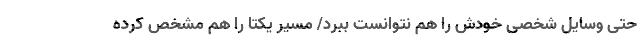
حتی وسایل شخصی خودش را هم نتوانست ببرد/ مسیر یکتا را هم مشخص کرده